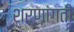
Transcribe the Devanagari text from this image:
शरणांगती